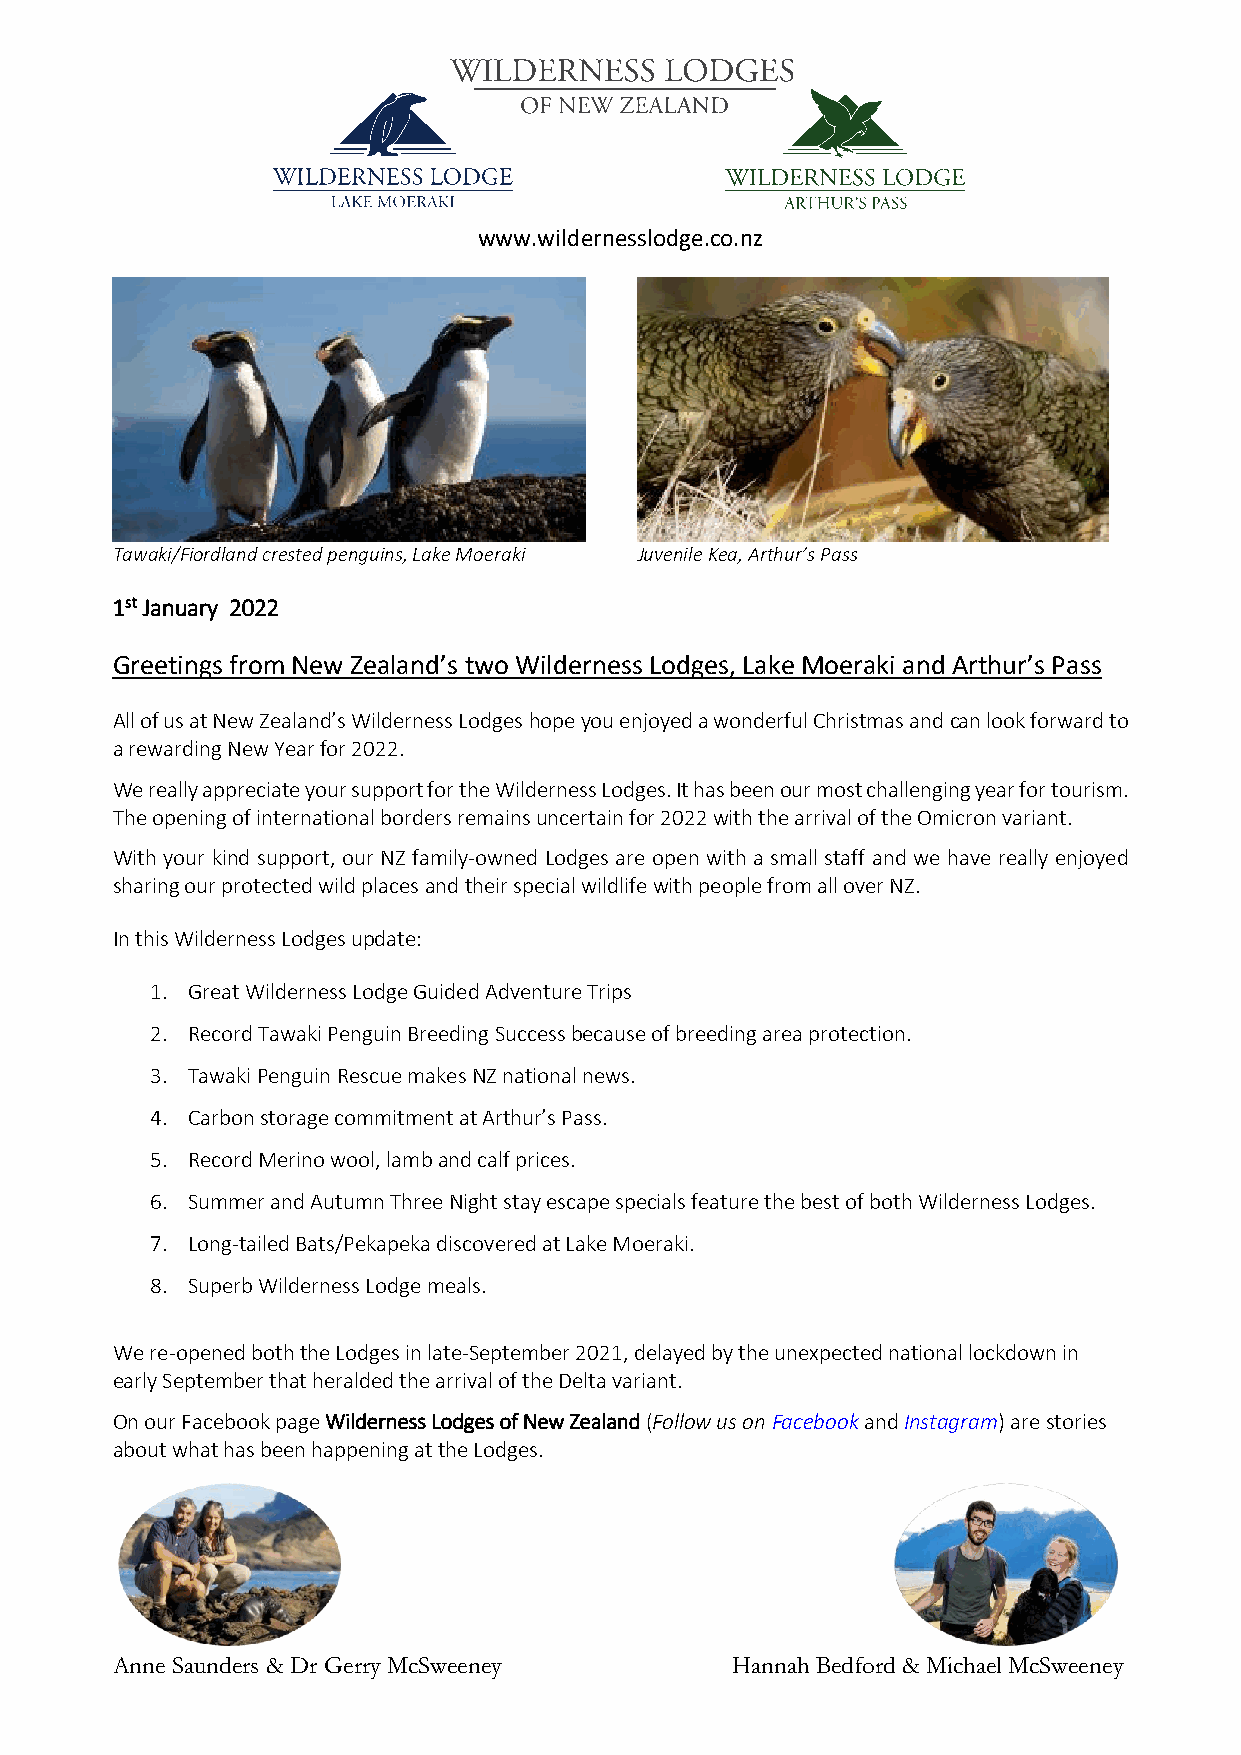
www.wildernesslodge.co.nz
 Tawaki/Fiordland crested penguins, Lake Moeraki Juvenile Kea, Arthur’s Pass
 1st January 2022
 Greetings from New Zealand’s two Wilderness Lodges, Lake Moeraki and Arthur’s Pass
 All of us at New Zealand’s Wilderness Lodges hope you enjoyed a wonderful Christmas and can look forward to
 a rewarding New Year for 2022.
 We really appreciate your support for the Wilderness Lodges. It has been our most challenging year for tourism.
 The opening of international borders remains uncertain for 2022 with the arrival of the Omicron variant.
 With your kind support, our NZ family-owned Lodges are open with a small staff and we have really enjoyed
 sharing our protected wild places and their special wildlife with people from all over NZ.
 In this Wilderness Lodges update:
 1. Great Wilderness Lodge Guided Adventure Trips
 2. Record Tawaki Penguin Breeding Success because of breeding area protection.
 3. Tawaki Penguin Rescue makes NZ national news.
 4. Carbon storage commitment at Arthur’s Pass.
 5. Record Merino wool, lamb and calf prices.
 6. Summer and Autumn Three Night stay escape specials feature the best of both Wilderness Lodges.
 7. Long-tailed Bats/Pekapeka discovered at Lake Moeraki.
 8. Superb Wilderness Lodge meals.
 We re-opened both the Lodges in late-September 2021, delayed by the unexpected national lockdown in
 early September that heralded the arrival of the Delta variant.
 On our Facebook page Wilderness Lodges of New Zealand (Follow us on Facebook and Instagram) are stories
 about what has been happening at the Lodges.
 Anne Saunders & Dr Gerry McSweeney       Hannah Bedford & Michael McSweeney